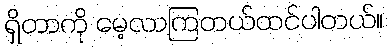
ရှိတာကို မေ့လာကြတယ်ထင်ပါတယ်။